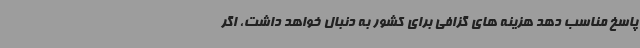
پاسخ مناسب دهد هزینه های گزافی برای کشور به دنبال خواهد داشت، اگر